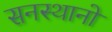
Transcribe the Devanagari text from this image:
सनस्थानो